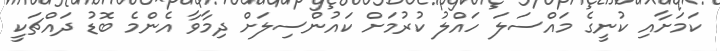
ކަމަށާއި ކުނީގެ މައްސަލަ ހައްލު ކުރުމަށް ކައުންސިލަށް ދިމާވާ އެންމެ ބޮޑު ދައްޗަކީ